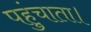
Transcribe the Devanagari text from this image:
पहुंचाता।